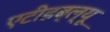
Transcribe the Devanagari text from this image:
एटीडब्ल्यू